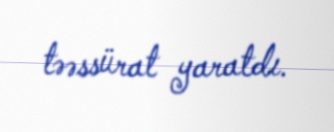
təəssürat yaratdı.